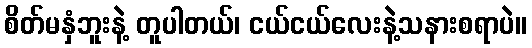
စိတ်မနှံဘူးနဲ့ တူပါတယ်၊ ငယ်ငယ်လေးနဲ့သနားစရာပဲ။